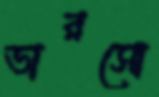
ভারসো